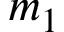
m _ { 1 }